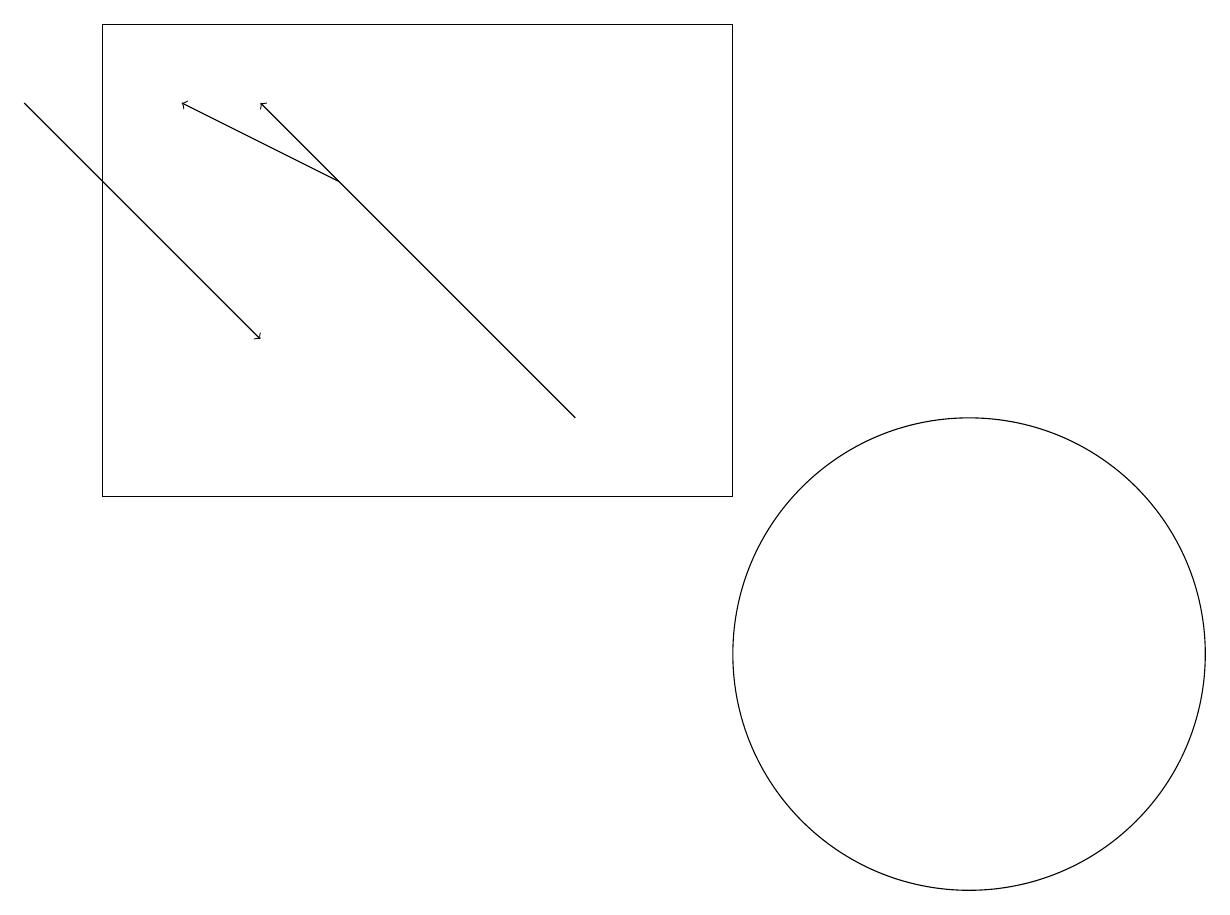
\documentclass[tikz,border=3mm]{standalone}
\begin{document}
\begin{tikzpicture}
\draw (12,11) circle (3);
\draw (10,11) circle (0);
\draw (9,19) rectangle (1,13);
\draw[->] (0,18) -- (3,15);
\draw[->] (4,17) -- (2,18);
\draw[->] (7,14) -- (3,18);
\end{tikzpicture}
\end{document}